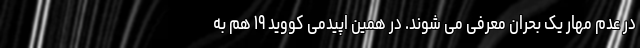
در عدم مهار یک بحران معرفی می شوند. در همین اپیدمی کووید ۱۹ هم به